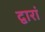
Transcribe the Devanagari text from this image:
द्वारां